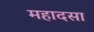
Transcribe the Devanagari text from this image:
महादसा